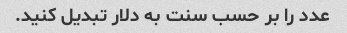
عدد را بر حسب سنت به دلار تبدیل کنید.